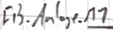
Text: FB_Anlage.M1